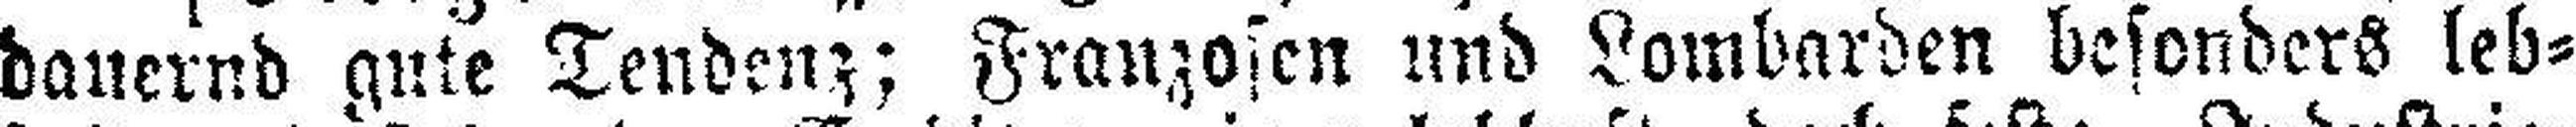
dauernd gute Tendenz; Franzosen und Lombarden besonders leb¬